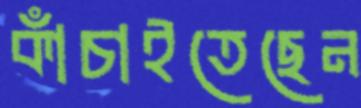
কাঁচাইতেছেন